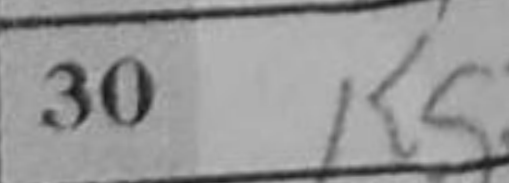
Transcription: Kg7